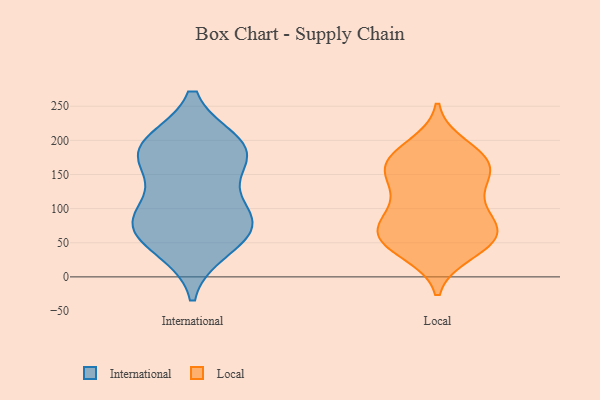
{"axis": {"x": "Inventory Turnover", "y": "Value"}, "legend": ["International", "Local"], "data": [{"x": "", "y": 88, "type": "International"}, {"x": "", "y": 194, "type": "International"}, {"x": "", "y": 166, "type": "International"}, {"x": "", "y": 191, "type": "International"}, {"x": "", "y": 73, "type": "International"}, {"x": "", "y": 186, "type": "International"}, {"x": "", "y": 176, "type": "International"}, {"x": "", "y": 43, "type": "International"}, {"x": "", "y": 91, "type": "International"}, {"x": "", "y": 90, "type": "International"}, {"x": "", "y": 57, "type": "International"}, {"x": "", "y": 167, "type": "Local"}, {"x": "", "y": 191, "type": "Local"}, {"x": "", "y": 52, "type": "Local"}, {"x": "", "y": 113, "type": "Local"}, {"x": "", "y": 43, "type": "Local"}, {"x": "", "y": 176, "type": "Local"}, {"x": "", "y": 62, "type": "Local"}, {"x": "", "y": 70, "type": "Local"}, {"x": "", "y": 148, "type": "Local"}, {"x": "", "y": 69, "type": "Local"}, {"x": "", "y": 36, "type": "Local"}, {"x": "", "y": 78, "type": "Local"}, {"x": "", "y": 154, "type": "Local"}, {"x": "", "y": 126, "type": "Local"}, {"x": "", "y": 93, "type": "Local"}, {"x": "", "y": 57, "type": "Local"}, {"x": "", "y": 162, "type": "Local"}, {"x": "", "y": 171, "type": "Local"}]}